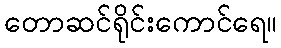
တောဆင်ရိုင်းကောင်ရေ။